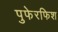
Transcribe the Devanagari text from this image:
पुफेरफिश